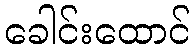
ခေါင်းထောင်